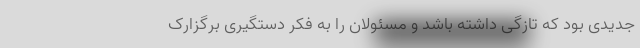
جدیدی بود که تازگی داشته باشد و مسئولان را به فکر دستگیری برگزارک